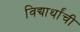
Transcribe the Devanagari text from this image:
विद्यार्थांची